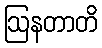
ဩနတာတိ